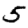
Digit: 5